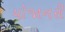
યોજાનરી